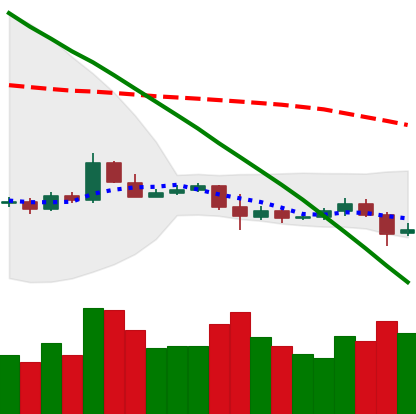
Ticker: ETC-USD
Chart end date: 2019-10-24
Forward return: 14.645%
Label: up_7plus